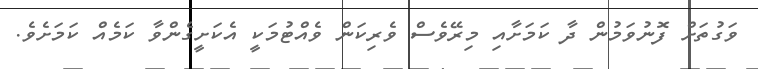
ވަގުތަށް ފޮނުވަމުން ދާ ކަމަށާއި މިރޭވެސް ވެރިކަން ވެއްޓުމަކީ އެކަށީގެންވާ ކަމެއް ކަމަށެވެ.